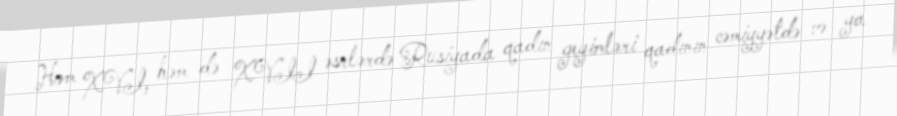
Həm XVI, həm də XVII əsrlərdə Rusiyada qadın geyimləri qadının cəmiyyətdə və ya